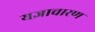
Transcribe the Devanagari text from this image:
यज्ञाचारण